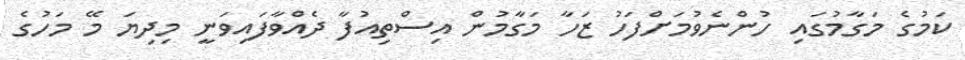
ކަމުގެ މަގާމުގައި ހުންނެވުމަށްފަހު ޒަހާ މަގާމުން އިސްތިއުފާ ދެއްވާފައިވަނީ މިދިޔަ މޭ މަހުގެ